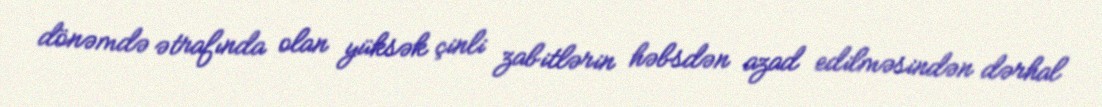
dönəmdə ətrafında olan yüksək çinli zabitlərin həbsdən azad edilməsindən dərhal